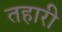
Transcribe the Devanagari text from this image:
तहारी